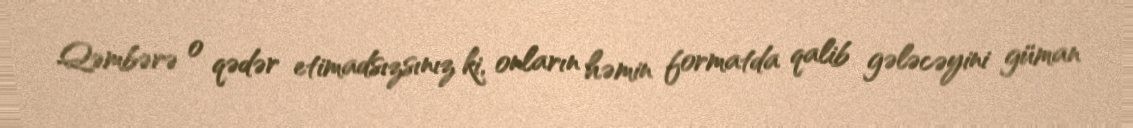
Qəmbərə o qədər etimadsızsınız ki, onların həmin formatda qalib gələcəyini güman